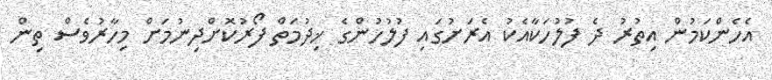
އެހެންކަމުން އިތުރު ދެ ފުލުހަކާއެކު އެރަށުގައި ފުލުހުންގެ ޚިދުމަތް ފޯރުކޮށްދިނުމަށް މިހާރުވެސް ތިން